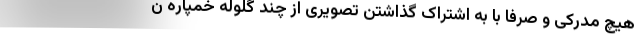
هیچ مدرکی و صرفا با به اشتراک گذاشتن تصویری از چند گلوله خمپاره ن